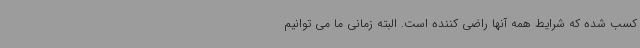
کسب شده که شرایط همه آنها راضی کننده است. البته زمانی ما می توانیم